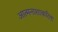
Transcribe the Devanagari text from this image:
आत्मनाशाकरिता